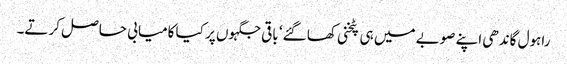
راہول گاندھی اپنے صوبے میں ہی پٹخنی کھا گئے‘ باقی جگہوں پر کیا کامیابی حاصل کرتے۔